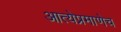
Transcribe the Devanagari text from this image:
आत्येप्रमाणेच